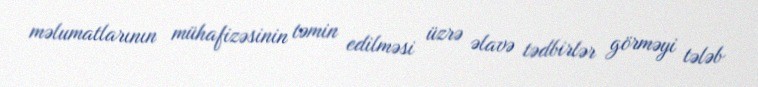
məlumatlarının mühafizəsinin təmin edilməsi üzrə əlavə tədbirlər görməyi tələb